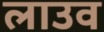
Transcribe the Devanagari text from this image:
लाउव